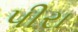
પીરા